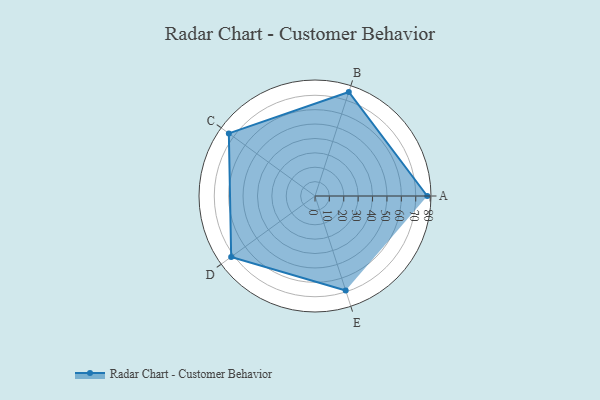
{"axis": {"x": "Skill", "y": "Score"}, "legend": ["Profile"], "data": [{"x": "A", "y": 78.0, "type": "Profile"}, {"x": "B", "y": 76.0, "type": "Profile"}, {"x": "C", "y": 74.0, "type": "Profile"}, {"x": "D", "y": 72.0, "type": "Profile"}, {"x": "E", "y": 69.0, "type": "Profile"}]}